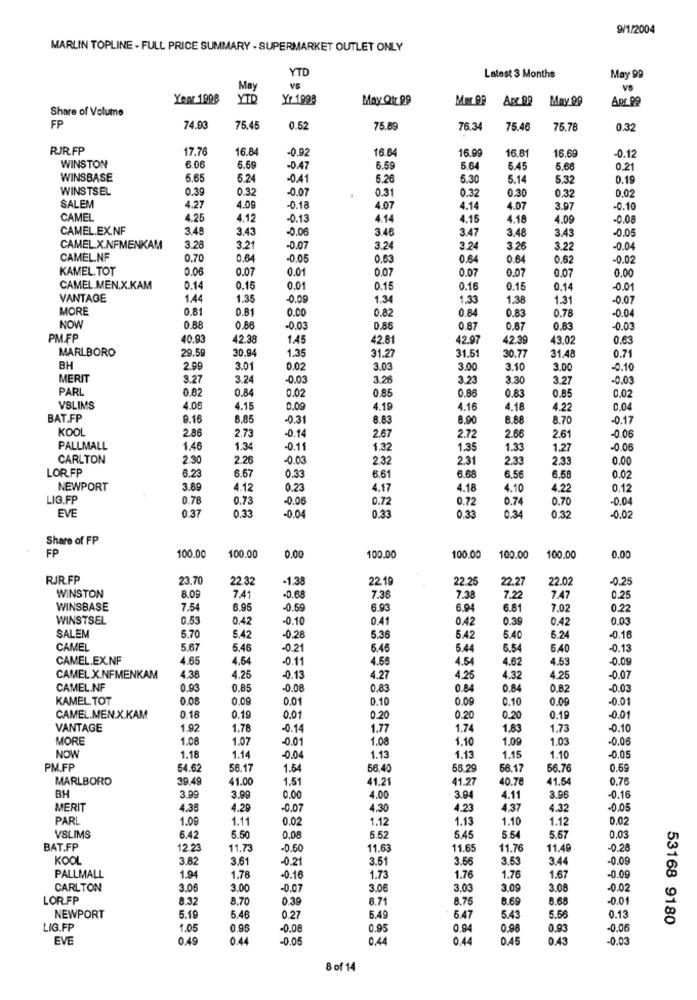
9/1/2004
MARLIN TOPLINE - FULL PRICE SUMMARY - SUPERMARKET OUTLET ONLY
YTD
Latest 3 Months
May 99
May
VS
VS
Year 1998
YTD
Yr 1998
May Qtr 99
Mor 98
Arc 89
May 99
Share of Volume
FP
74.93
75.45
0.52
75.89
76.34
75.46
75.78
0.32
RJR.FP
17.76
16.84
-0.92
16.84
16.8
16.69
-0.12
16.99
WINSTON
6.06
5.59
-0.47
6.5
5.64
5.45
5.66
0.21
WINSBASE
5.65
6.24
-0.41
5.26
6.30
5.14
5.32
0.19
WINSTSEL
0.39
0.32
-0.07
0.31
0.30
0.32
0.02
SALEM
0.32
4.27
4.09
-0.18
4.07
4.14
4.07
3.97
-0.10
CAMEL
4.25
4.12
-0.13
4.14
4.15
4.18
4.09
-0.08
CAMEL.EX.NF
3.48
3.43
3.46
3.47
3.48
3.43
-0.05
-0.06
CAMEL X.NFMENKAM
3.28
3.21
-0.07
3.24
3.24
3.26
3.22
-0.04
CAMELNF
0.70
0.64
-0.05
0.63
0.64
0.64
0.62
-0.02
KAMEL. TOT
0.06
0.07
0.01
0.07
0.07
0.07
0.00
0.07
CAMEL.MEN.X.KAM
0.14
0.15
0.01
0.15
0.16
0.15
0.14
-0.01
VANTAGE
1.44
1,35
-0.09
1.34
1.33
1.38
1.31
-0.07
MORE
0.81
0.81
0.00
0.8
0.8.
0.83
0.78
-0.04
NOW
0.88
0.86
-0.03
0,86
0.87
0.87
0.83
-0.00
PM.FP
40.93
42.38
1.45
42.81
42.97
42.39
43.02
0,63
MARLBORO
29.59
30.94
1.35
31.51
31.48
0.71
31.27
30.77
BH
2.99
3.01
0.02
3.03
3.00
3.10
3.00
-0.10
MERIT
3.27
3.24
-0.03
3.26
3.23
3.30
3.27
-0.03
PARL
0.82
0.84
0.02
0.85
0.88
0.83
0.85
0.02
VSLIMS
4.06
4.15
0,09
4.19
4.16
4.18
4.22
0.04
BAT.FP
9.16
8.85
-0.31
8.83
8.90
8.88
8.70
-0.17
KOOL
2.86
2.73
-0.14
2.67
-0.06
2.72
2.66
2.61
PALLMALL
1.46
1.34
-0.11
1.32
1.35
1.33
1.27
-0.06
CARLTON
2.30
2.2
-0.03
2.32
2.31
2.33
2.33
0.00
LOR.FP
8.29
6.57
0.33
6.61
6.68
6.56
6.58
0.02
NEWPORT
3.89
4.12
0.23
4.17
4.18
4.10
4.22
0.12
LIG.FP
0.78
0.73
-0.06
0.72
0.72
0.74
0.70
0.04
EVE
0.33
0.33
0.32
0.37
0.3
-0.04
0.34
-0.02
Share of FP
FP
100.00
0.00
0.00
100.00
100.00
100.00
100.00
100.00
RJR.FP
23.70
22.32
1.38
22.19
22 25
22.27
22.02
0.25
WINSTON
8.00
7.41
-0.68
7.3
7.38
7.22
7.47
0.25
WINSBASE
7.54
6.95
0.59
6.93
6.94
6.81
7.02
0.22
WINSTSEL
0.53
0.42
-0.10
0.41
0.42
0.39
0.42
0.03
SALEM
5.70
5.36
6.42
-0,28
54
5.40
6.24
0.16
CAMEL
5.67
5.46
-0.21
6.46
5.44
6.54
6.40
-0.1:
CAMEL.EX.NF
4.65
4.64
-0.11
4.55
4.54
4.62
4.53
0.0
CAMEL X.NFMENKAM
4.38
4.25
-0.13
4.27
4.25
4.32
4.25
-0.0
CAMEL.NF
0.93
0.85
-0.08
0.83
0.84
0.84
0.82
-0.0
KAMEL. TOT
0.08
0.09
0.01
0.10
0.10
0.00
-0.01
CAMEL.MEN.X.KAM
0.18
0.19
0.01
0.20
0.20
0.20
0.19
0.01
VANTAGE
1.92
1.78
-0.14
1.77
1.74
1.83
1.73
0.10
MORE
1.08
1.07
-0.01
1.08
1.10
1.09
1.03
-0.0€
NOW
1.18
1.14
-0.04
1.13
1.13
1.15
1.10
-0.05
PM.FP
54.62
56.17
1.54
66.40
65.29
56.17
56.76
0.59
MARLBORO
39.49
41.00
1.51
41.2
41.27
40.78
41.54
0.76
BH
3.99
3.99
0.00
4.00
3.94
4.11
3.96
-0.16
MERIT
4.38
4.29
-0.07
4.30
4.23
4.37
4.32
-0.05
PARL
1.09
1.11
0.02
1.12
1.13
1.10
1.12
0.02
VSLIMS
5.42
5.5
0.08
5.52
5.45
5.54
5.57
0,03
BAT.FP
12.23
11.73
-0.50
11.6
11.65
11.76
11.49
-0.20
KOOL
3.8
3.61
-0.21
3.51
3.56
3.63
3.44
-0.09
PALLMALL
1.94
1.78
-0.16
1.73
1.76
1.76
1.67
-0.00
CARLTON
3.06
3.00
-0.07
3.06
3.03
3.09
3.08
-0.02
LORFP
8.32
8.70
0 39
8.71
8.76
8.69
8.68
-0.01
NEWPORT
5.19
5.46
0.27
5.49
6.47
5.43
5.56
0.13
53168 9180
LIG.FP
1.05
0.95
-0.08
0.95
0.94
0,98
0.93
-0.06
EVE
0.49
04
-0.05
0.44
0.44
0.45
0.43
-0.03
8 of 14